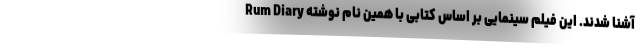
Rum Diary آشنا شدند. این فیلم سینمایی بر اساس کتابی با همین نام نوشته